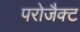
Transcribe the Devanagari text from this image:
परोजैक्ट